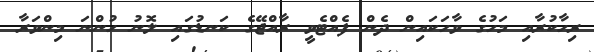
ރިހާކުރާއި މަހުގެ ވާހަކައިން ދެން ފެއްޓެވީ ރާއްޖޭގެ ކަނޑުގައި ލޮނު ހުންނަ މިންވަރާ